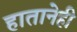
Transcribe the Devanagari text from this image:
हातानेही